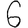
Digit: 6